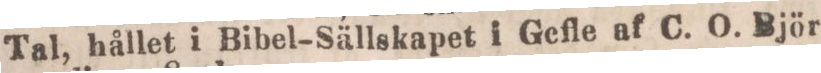
Tal, hållet i Bibel-Sällskapet i Gefle af C. O. Björ-